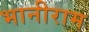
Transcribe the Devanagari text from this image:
भानीराम